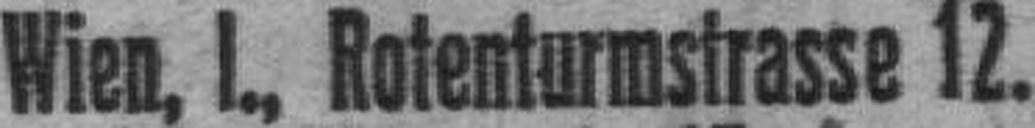
Wien, I., Rotenturmstrasse 12.